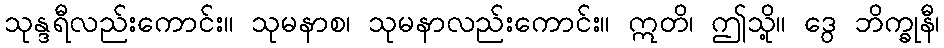
သုန္ဒရီလည်းကောင်း။ သုမနာစ၊ သုမနာလည်းကောင်း။ ဣတိ၊ ဤသို့။ ဒွေ ဘိက္ခုနီ၊